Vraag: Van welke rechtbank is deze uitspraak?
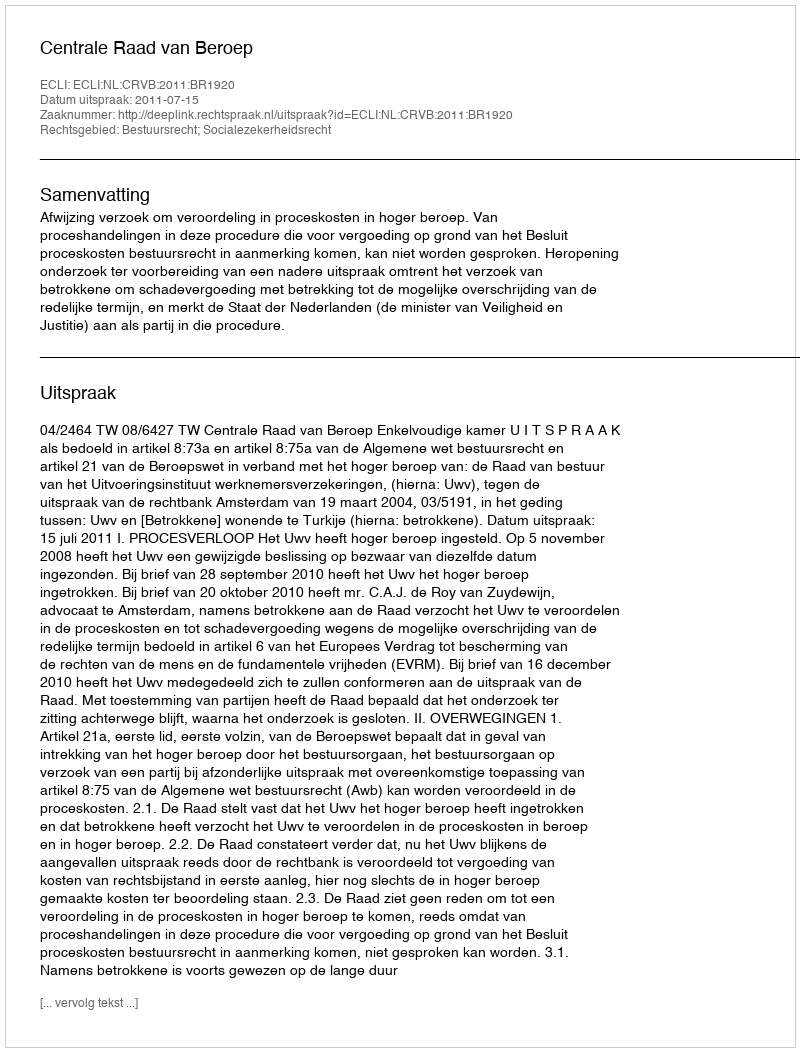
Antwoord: Centrale Raad van Beroep